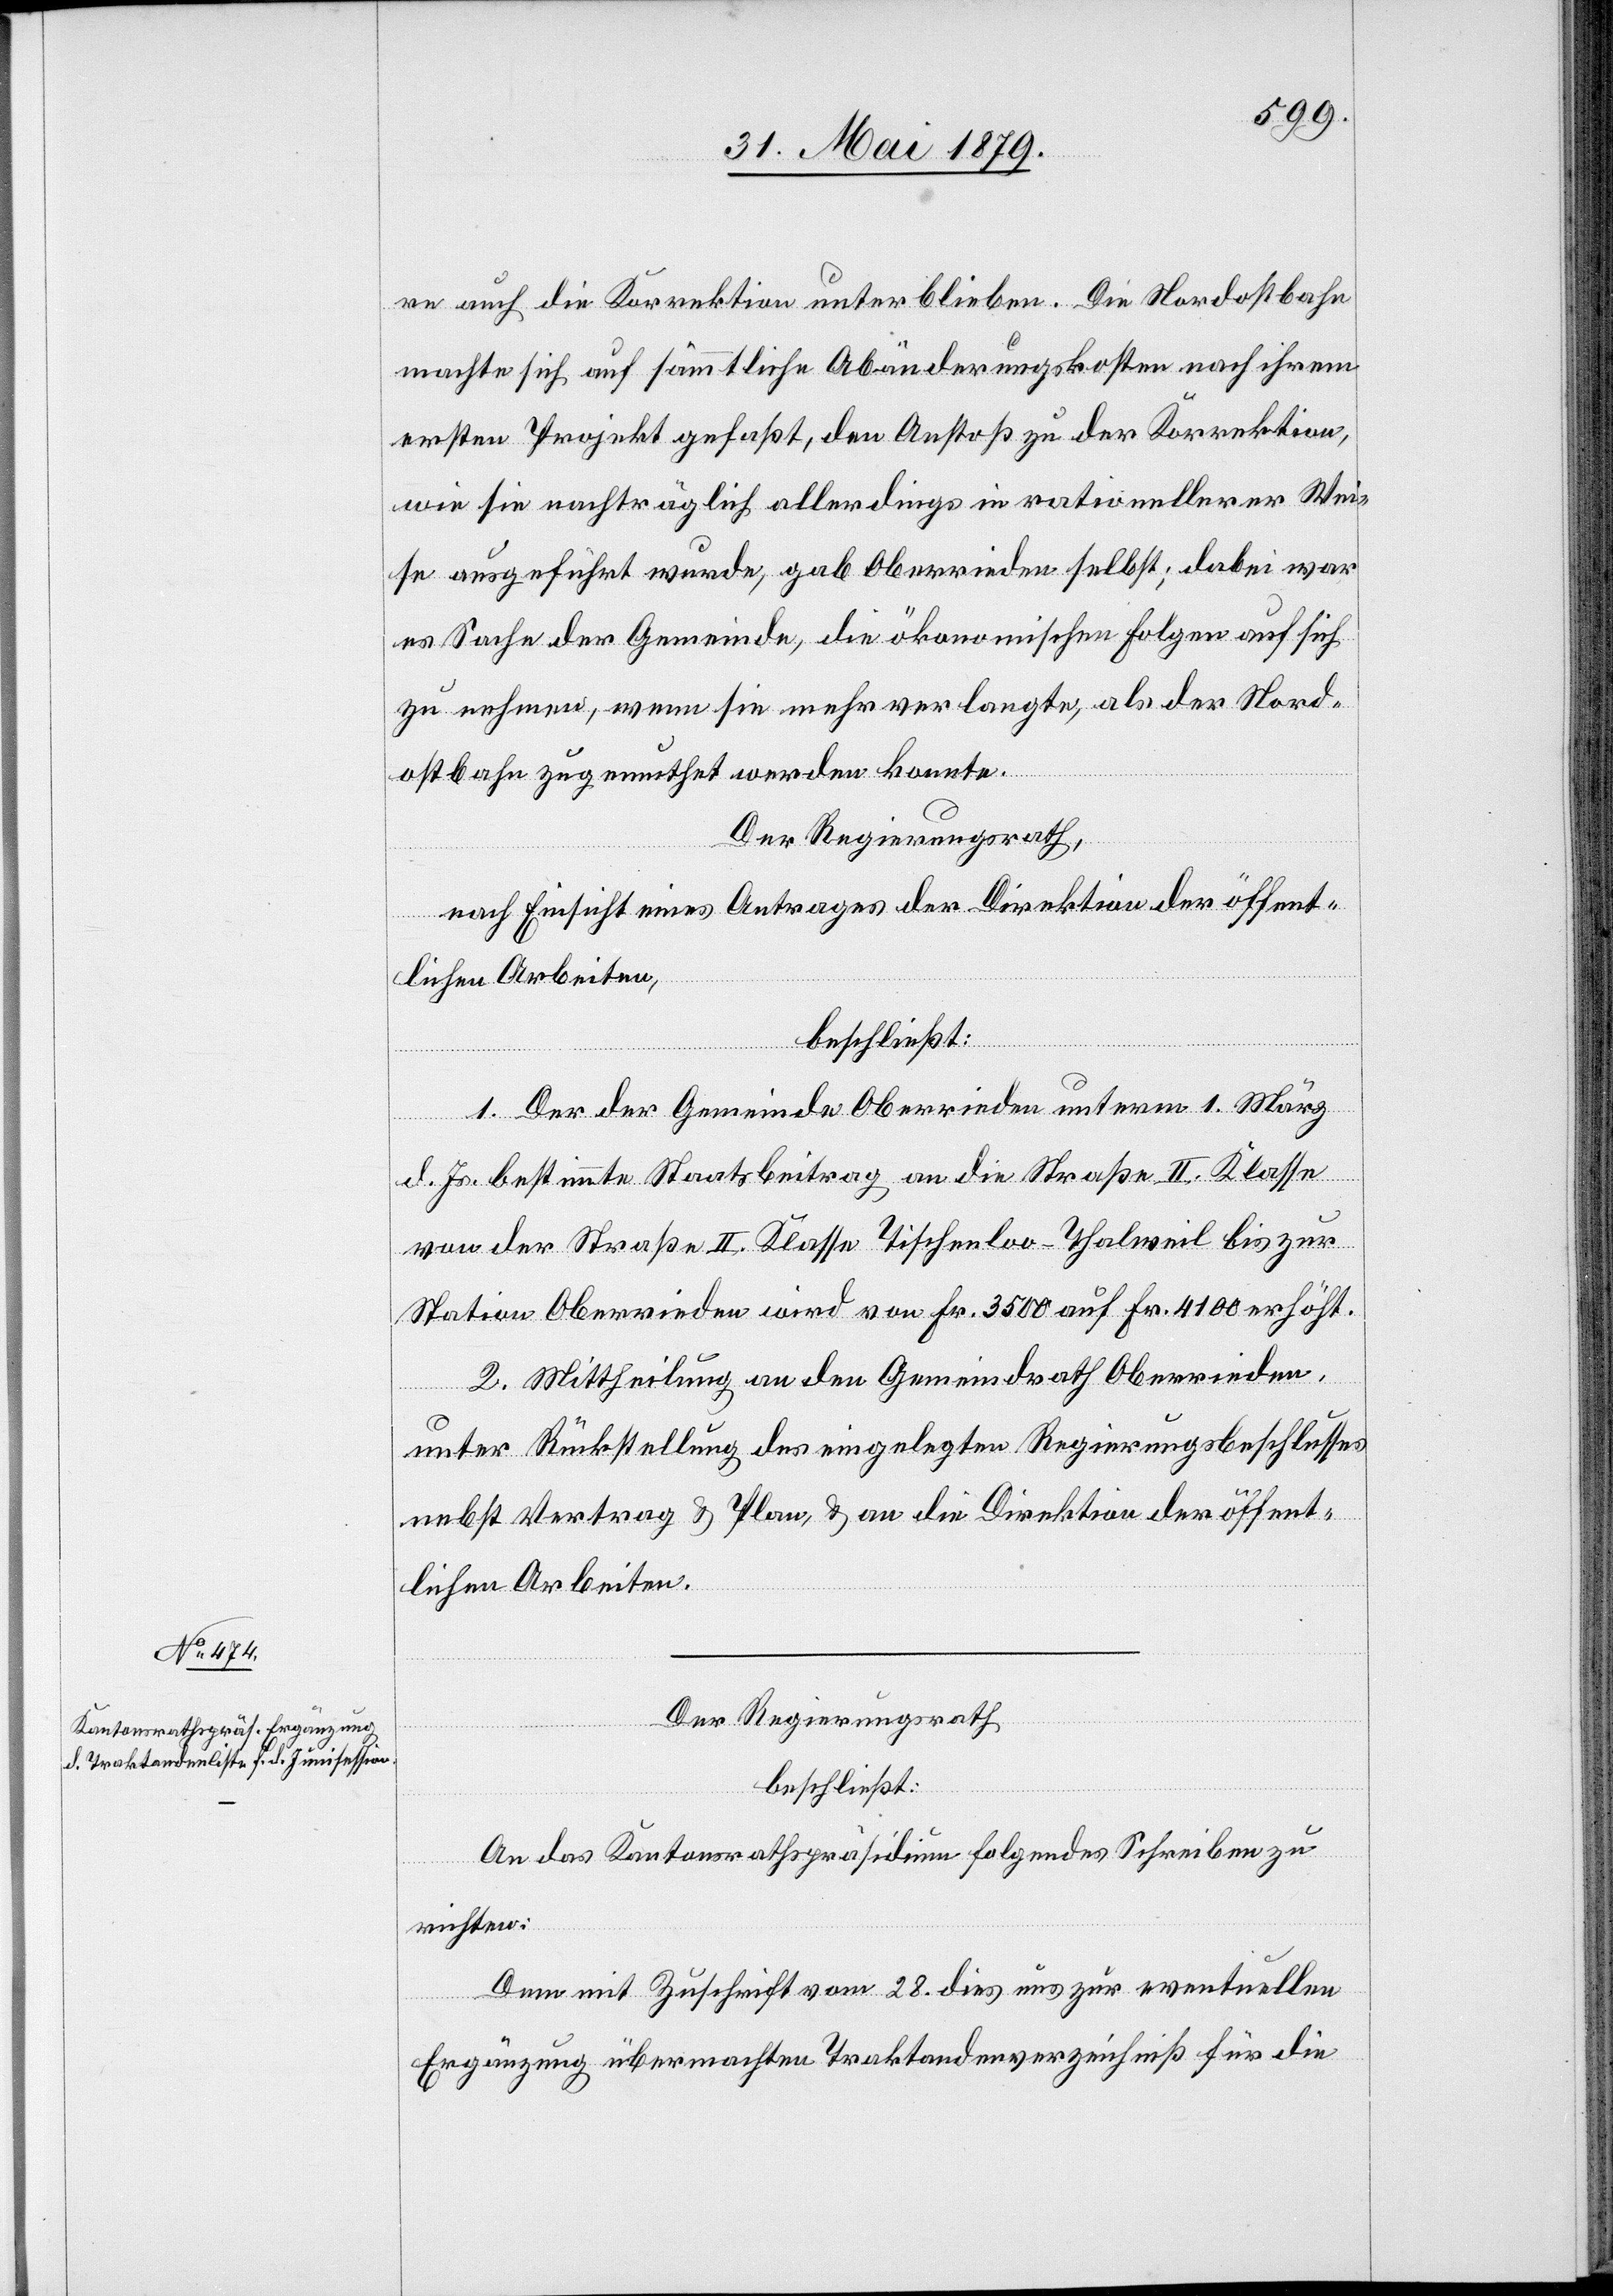
re auch die Korrektion unterblieben. Die Nordostbahn
machte sich auf sämmtliche Abänderungskosten nach ihrem
ersten Projekt gefaßt, den Anstoß zu der Korrektion,
wie sie nachträglich allerdings in rationellerer Wei¬
se ausgeführt wurde, gab Oberrieden selbst; dabei war
es Sache der Gemeinde, die ökonomischen Folgen auf sich
zu nehmen, wenn sie mehr verlangte, als der Nord¬
ostbahn zugemuthet werden konnte.
Der Regierungsrath,
nach Einsicht eines Antrages der Direktion der öffent¬
lichen Arbeiten,
beschließt:
1. Der der Gemeinde Oberrieden unterm 1. März
d. Js. bestimmte Staatsbeitrag an die Straße II. Klasse
von der Straße II. Klasse Tischenloo -Thalweil bis zur
Station Oberrieden wird von Fr. 3500 auf Fr. 4100 erhöht.
2. Mittheilung an den Gemeindrath Oberrieden
unter Rückstellung des eingelegten Regierungsbeschlusses
nebst Vertrag & Plan, & an die Direktion der öffent¬
lichen Arbeiten.
Der Regierungsrath
beschließt:
An das Kantonsrathspräsidium folgendes Schreiben zu
richten:
Dem mit Zuschrift vom 28. dies uns zur eventuellen
Ergänzung übermachten Traktandenverzeichniß für die